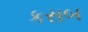
કસબ